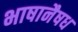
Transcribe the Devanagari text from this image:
भाषानैषध